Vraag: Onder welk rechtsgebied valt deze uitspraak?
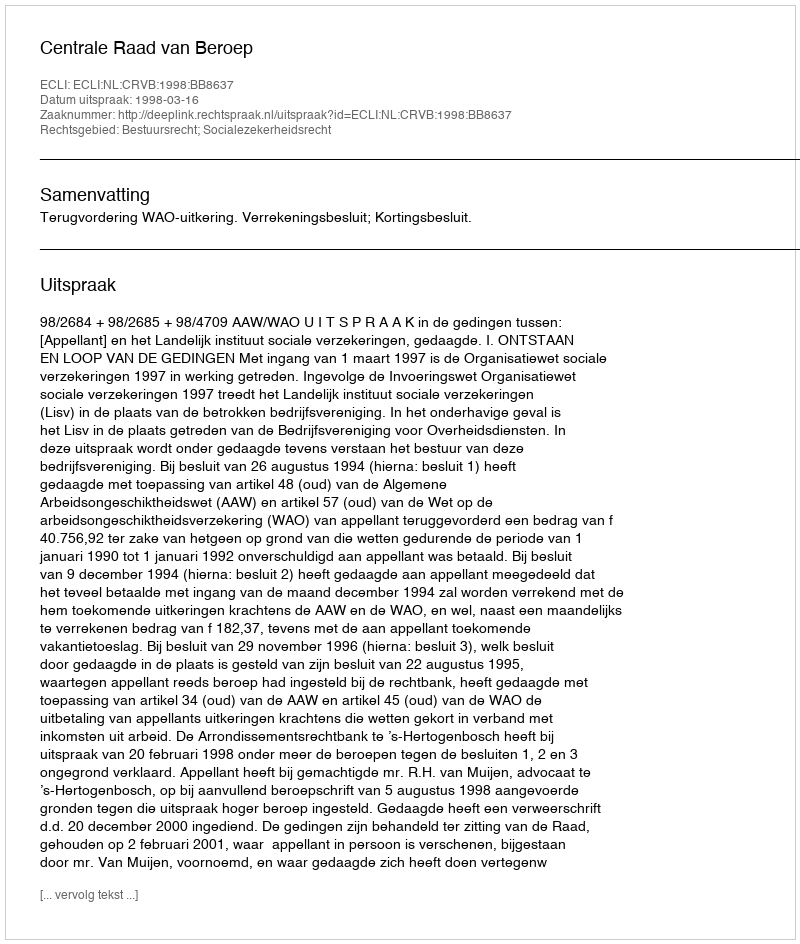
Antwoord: Bestuursrecht; Socialezekerheidsrecht